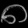
Digit: ၈